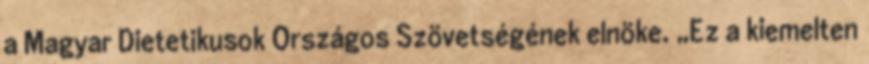
a Magyar Dietetikusok Országos Szövetségének elnöke. „Ez a kiemelten